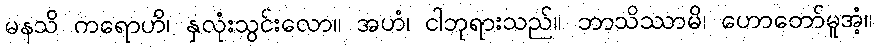
မနသိ ကရောဟိ၊ နှလုံးသွင်းလော။ အဟံ၊ ငါဘုရားသည်။ ဘာသိဿာမိ၊ ဟောတော်မူအံ့။